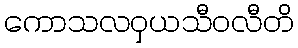
ကောသလဝှယသီဝလီတိ